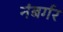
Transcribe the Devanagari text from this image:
नंबर्गर